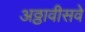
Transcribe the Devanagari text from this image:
अठ्ठावीसवे